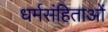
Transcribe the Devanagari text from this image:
धर्मसंहिताओं